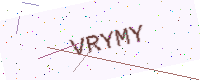
Text: VRYMY